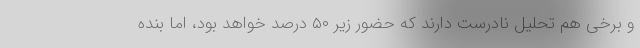
و برخی هم تحلیل نادرست دارند که حضور زیر ۵۰ درصد خواهد بود، اما بنده